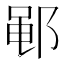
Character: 𫑡